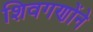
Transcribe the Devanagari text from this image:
शिवगणोंने